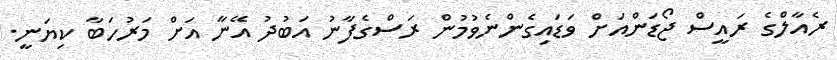
ރެއާލްގެ ރައީސް ޖޯޑަންއަށް ވަޑައިގެންނެވުމުން ރަސްގެފާނު އަބުދު އޭނާ އަށް މަރުހަބާ ކިޔަނީ.